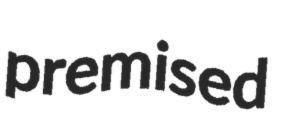
premised